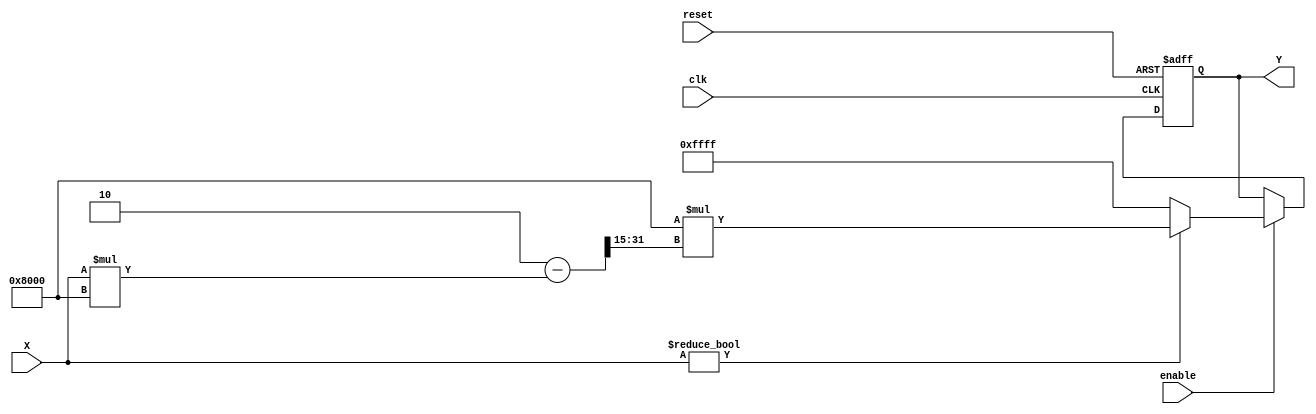
module BinaryFractionalReciprocal #(
    parameter N = 16,                 // Number of bits for input and output
    parameter MAX_VALUE = (1 << N) - 1 // Max representable value (2^N - 1)
) (
    input wire clk,                   // Clock signal
    input wire reset,                 // Reset signal
    input wire enable,                // Enable signal
    input wire [N-1:0] X,             // Input fractional value
    output reg [N-1:0] Y               // Output reciprocal value
);

    reg [N-1:0] Y_next;               // Next value for Y
    reg [N-1:0] Y_old;                // Old value for Y
    reg [4:0] iteration_count;        // Counter for iterations
    reg valid_input;                  // Indicator for valid input
    
    // Check if input X is zero
    always @(*) begin
        valid_input = (X != 0);
    end

    // Newton-Raphson Iteration for reciprocal calculation
    always @(*) begin
        if (valid_input) begin
            // Initial guess for Y (512 for 16-bit fixed-point)
            // 1.0 in fixed-point representation is 1 << (N-1)
            Y_old = (1 << (N-1)); // Initial guess (can be tuned)
            // 2. Y_next = Y_old * (2 - X * Y_old)
            Y_next = Y_old * (2 - (X * Y_old) >> (N-1));
        end else begin
            Y_next = MAX_VALUE; // Set to max value if X is zero
        end
    end
    
    // Sequential logic for reciprocal calculation
    always @(posedge clk or posedge reset) begin
        if (reset) begin
            Y <= 0;
            iteration_count <= 0;
        end else if (enable) begin
            if (iteration_count < 4) begin  // Arbitrary number of iterations for convergence
                Y <= Y_next;
                iteration_count <= iteration_count + 1;
            end else begin
                Y <= Y_next;  // Final value after iterations
            end
        end
    end

endmodule